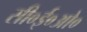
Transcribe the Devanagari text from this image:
सी०ई०ओ०